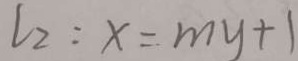
l _ { 2 } : x = m y + 1